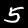
Digit: 5